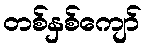
တစ်နှစ်ကျော်